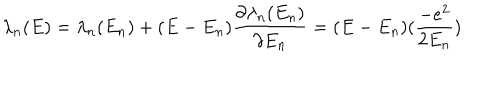
\lambda _ { n } ( E ) = \lambda _ { n } ( E _ { n } ) + ( E - E _ { n } ) \frac { \partial \lambda _ { n } ( E _ { n } ) } { \partial E _ { n } } = ( E - E _ { n } ) ( \frac { - e ^ { 2 } } { 2 E _ { n } } )